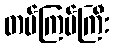
တပ်ကြပ်ကြီး